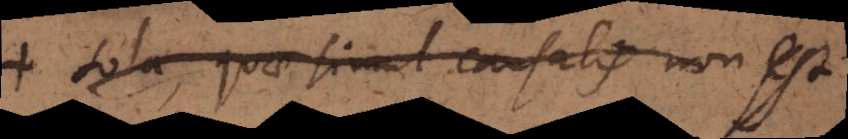
+ sola, quae simul causalis non est